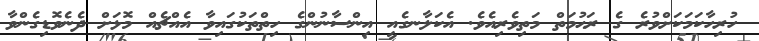
ހުރިހާކަމަކަށްވުރެ ގެ ރަޙުމަތް މަތިވެރިއެވެ. އެކަލާނގެއީ އިންސާނުންގެ ހިތްތަކުގައިވާ އެއްޗެއް މޮޅަށް ދެނެވޮޑިގެންވާ